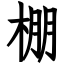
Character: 棚